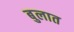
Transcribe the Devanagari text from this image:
बुलात